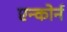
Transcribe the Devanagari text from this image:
एन्कोर्न